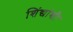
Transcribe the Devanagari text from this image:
शिंद्यांशी